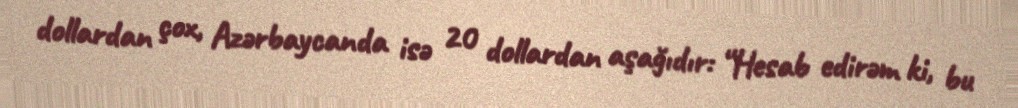
dollardan çox, Azərbaycanda isə 20 dollardan aşağıdır: “Hesab edirəm ki, bu